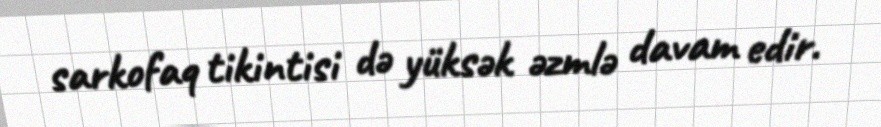
sarkofaq tikintisi də yüksək əzmlə davam edir.